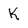
Character: k